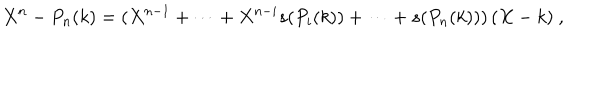
X ^ { n } - P _ { n } ( k ) = ( X ^ { n - 1 } + \dots + X ^ { n - i } s ( P _ { i } ( k ) ) + \dots + s ( P _ { n } ( k ) ) ) \, ( X - k ) \ ,